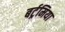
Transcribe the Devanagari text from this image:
बर्ट्रमिया